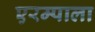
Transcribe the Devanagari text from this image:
एरम्पाला